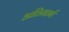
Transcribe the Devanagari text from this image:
अतिमार्ग